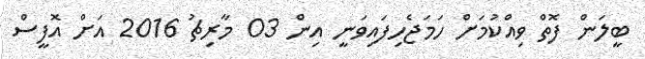
ބީލަން ފޮތް ވިއްކުމަށް ހަމަޖެހިފައިވަނީ އިން 03 މާރިޗު 2016 އަށް އޮފީސް